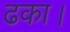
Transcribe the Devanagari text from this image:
ढका।